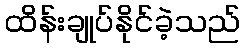
ထိန်းချုပ်နိုင်ခဲ့သည်